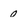
Character: 0